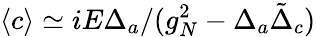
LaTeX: \langle c\rangle\simeq iE\Delta_{a}/(g_{N}^{2}-\Delta_{a}\tilde{\Delta}_{c})